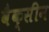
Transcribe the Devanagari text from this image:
वैक्‍सीन